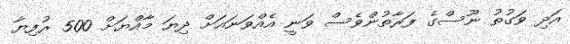
އަދި ވަގުތު ނޫސްގެ ފަރާތުންވެސް ވަނީ އެއްވަނައަށް ދިޔަ މާއްޔަށް 500 ރުފިޔާ